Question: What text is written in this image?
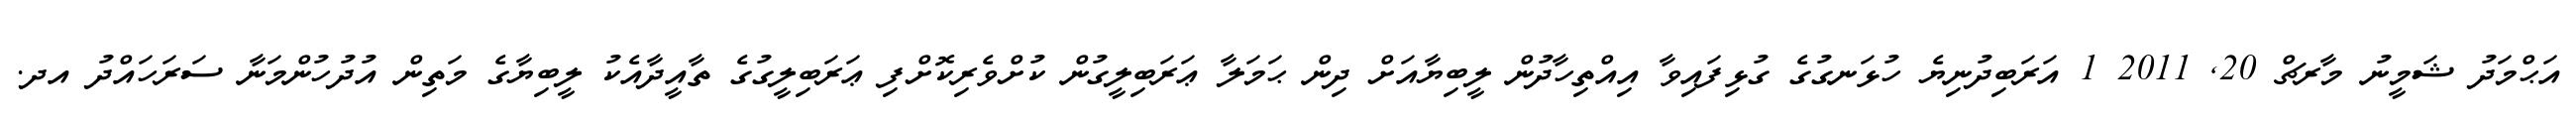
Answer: އަޙްމަދު ޝަމީނު މާރޗް 20, 2011 1 އަރަބިދުނިޔެ ހުޅަނގުގެ ގުޅިފައިވާ އިއްތިހާދުން ލީބިޔާއަށް ދިން ޙަމަލާ ޢަރަބިލީގުން ކުށްވެރިކޮށްފި ޢަރަބިލީގުގެ ތާއީދާއެކު ލީބިޔާގެ މަތިން އުދުހުންމަނާ ސަރަހައްދު އދ.